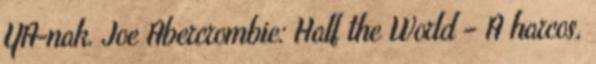
YA-nak. Joe Abercrombie: Half the World – A harcos,